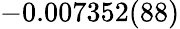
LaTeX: -0.007352(88)